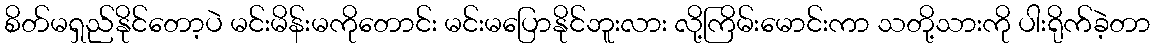
စိတ်မရှည်နိုင်တော့ပဲ မင်းမိန်းမကိုတောင်း မင်းမပြောနိုင်ဘူးလား လို့ကြိမ်းမောင်းကာ သတို့သားကို ပါးရိုက်ခဲ့တာ